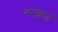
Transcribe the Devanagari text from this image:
बरक़त